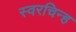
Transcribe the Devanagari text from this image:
स्वरचिन्ह